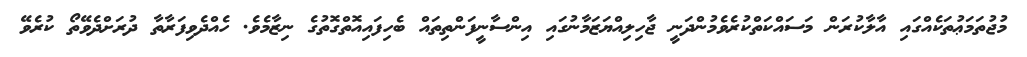
މުޖުތަމަޢުތަކެއްގައި އާލާކުރަން މަސައްކަތްކުރެވެމުންދަނީ ޖާހިލިއްޔަޒަމާނުގައި އިންސާނީފަންތިތައް ބެހިފައިއޮތްގޮތުގެ ނިޒާމެވެ. ހެއްދެވިފަރާތާ ދުރަށްދެވޭތޯ ކުރެވޭ